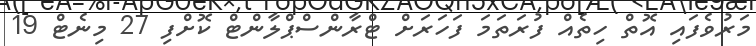
މަރުވެފައި އޮތް ހިތެއް ފުރަތަމަ ފަހަރަށް ޓްރާންސްޕްލާންޓް ކޮށްފި 27 މިނެޓް 19